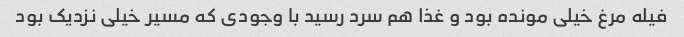
فیله مرغ خیلی مونده بود و غذا هم سرد رسید با وجودی که مسیر خیلی نزدیک بود